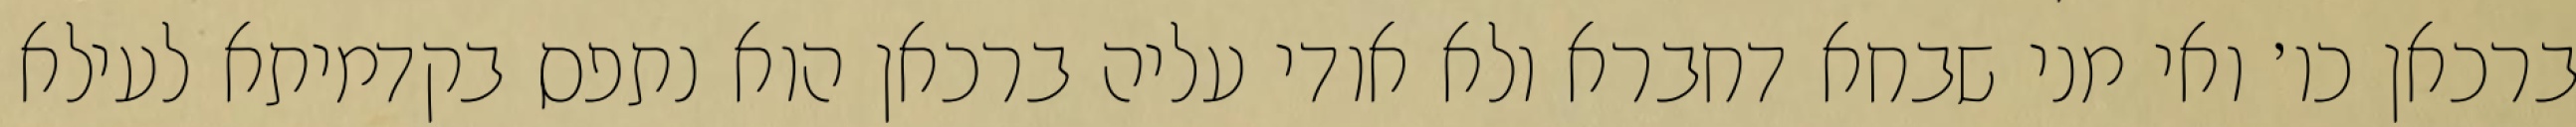
ברכאן כו׳ ואי מני שבחא דחברא ולא אודי עליה ברכאן הוא נתפס בקדמיתא לעילא